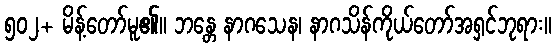
၅၀၂+ မိန့်တော်မူ၏။ ဘန္တေ နာဂသေန၊ နာဂသိန်ကိုယ်တော်အရှင်ဘုရား။